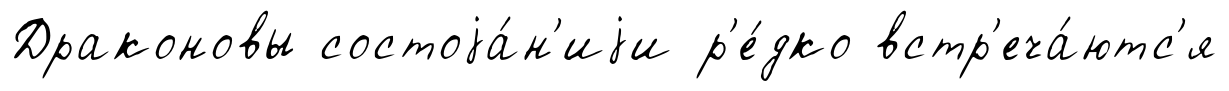
Драконовы состоjа́н'иjи р'е́дко встр'еча́ютс'я